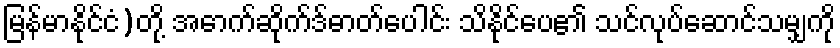
မြန်မာနိုင်ငံ)တို့ အောက်ဆိုက်ဒ်ဓာတ်ပေါင်း သိနိုင်ပေ၏ သင်လုပ်ဆောင်သမျှကို